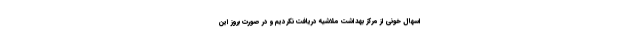
اسهال خونی از مرکز بهداشت ملاشیه دریافت نکردیم و در صورت بروز این